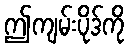
ဤကျမ်းပိုဒ်ကို